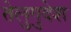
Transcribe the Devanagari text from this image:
तेलुगुदेश